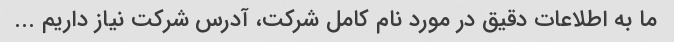
ما به اطلاعات دقیق در مورد نام کامل شرکت، آدرس شرکت نیاز داریم ...